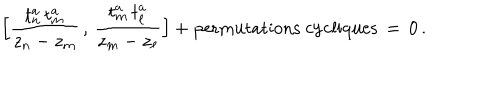
LaTeX: \Big [ \frac { t _ { n } ^ { a } \, t _ { m } ^ { a } } { z _ { n } - z _ { m } } \, , \, \frac { t _ { m } ^ { a } \, t _ { \ell } ^ { a } } { z _ { m } - z _ { \ell } } \Big ] + \mathrm { p e r m u t a t i o n s ~ c y c l i q u e s } \, = \, 0 \, .